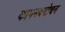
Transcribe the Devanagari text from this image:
काममदमोचन